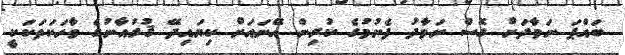
ބައްޕަ ނަމާދަށް ގޮސް ނަމާދު ފެށުމުގެ ކުރިން އޭނައަށް ކިޔައިދޭ ޤުރުއާނުގެ ވާހަކަތަކަކީ